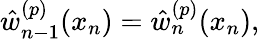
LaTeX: \hat{w}_{n-1}^{(p)}(x_{n})=\hat{w}_{n}^{(p)}(x_{n}),